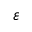
\varepsilon